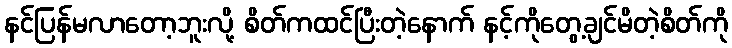
နင်ပြန်မလာတော့ဘူးလို့ စိတ်ကထင်ပြီးတဲ့နောက် နင့်ကိုတွေ့ချင်မိတဲ့စိတ်ကို